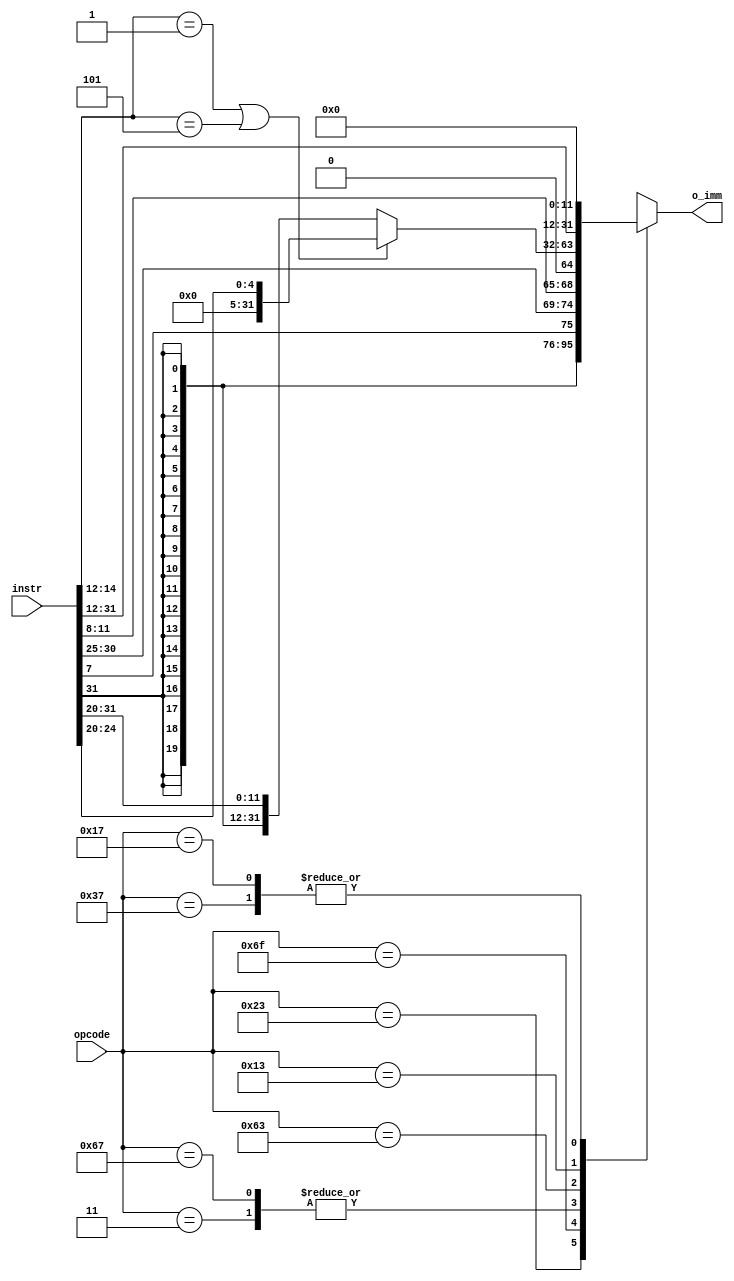
`timescale 1ns / 1ps
//////////////////////////////////////////////////////////////////////////////////
// Company: 
// Engineer: 
// 
// Design Name: 
// Module Name: Imm_Decode
// Project Name: 
// Target Devices: 
// Tool Versions: 
// Description: 
// 
// Dependencies: 
// 
// Revision:
// Revision 0.01 - File Created
// Additional Comments:
// 
//////////////////////////////////////////////////////////////////////////////////


module Imm_Decode(
    input wire [31:0] instr,
    input wire [6:0] opcode,
    output reg [31:0] o_imm
    );
    
    always @(instr or opcode) begin
        casex(opcode) // check opcode
            7'b0000011: o_imm <= { {20{instr[31]}} , instr[31:20] };                                            // LW
            7'b0100011: o_imm <= { {20{instr[31]}} , instr[31:25] , instr[11:7] };                            // SW
            7'b1101111: o_imm <= { {12{instr[31]}} , instr[19:12] , instr[20] , instr[30:21] , 1'b0 };      // JAL
            7'b1100111: o_imm <= { {20{instr[31]}} , instr[31:20] };                                            // JALR
            7'b1100011: o_imm <= { {20{instr[31]}} , instr[7] , instr[30:25] , instr[11:8] , {1{1'b0}} };   // Branch
            7'b0110111: o_imm <= { instr[31:12], {12'b000000000000} };                                                      // lui
            7'b0010011: 
            begin
                if((instr[14:12] == 3'b001) | (instr[14:12] == 3'b101))                                                           // slli/srli/srlai
                        o_imm <= { {27'b0} , instr[24:20] };
                else 
                    o_imm <= { {20{instr[31]}} , instr[31:20] };                                                // ADDI/ANDI/ORI/XORI                                            
            end
            7'b0010111: o_imm <= {instr[31:12], 12'd0}; // auipc
            default: o_imm <= 32'bx;
        endcase
    end
endmodule